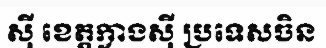
ស៊ី ខេត្តក្វាងស៊ី ប្រទេសចិន